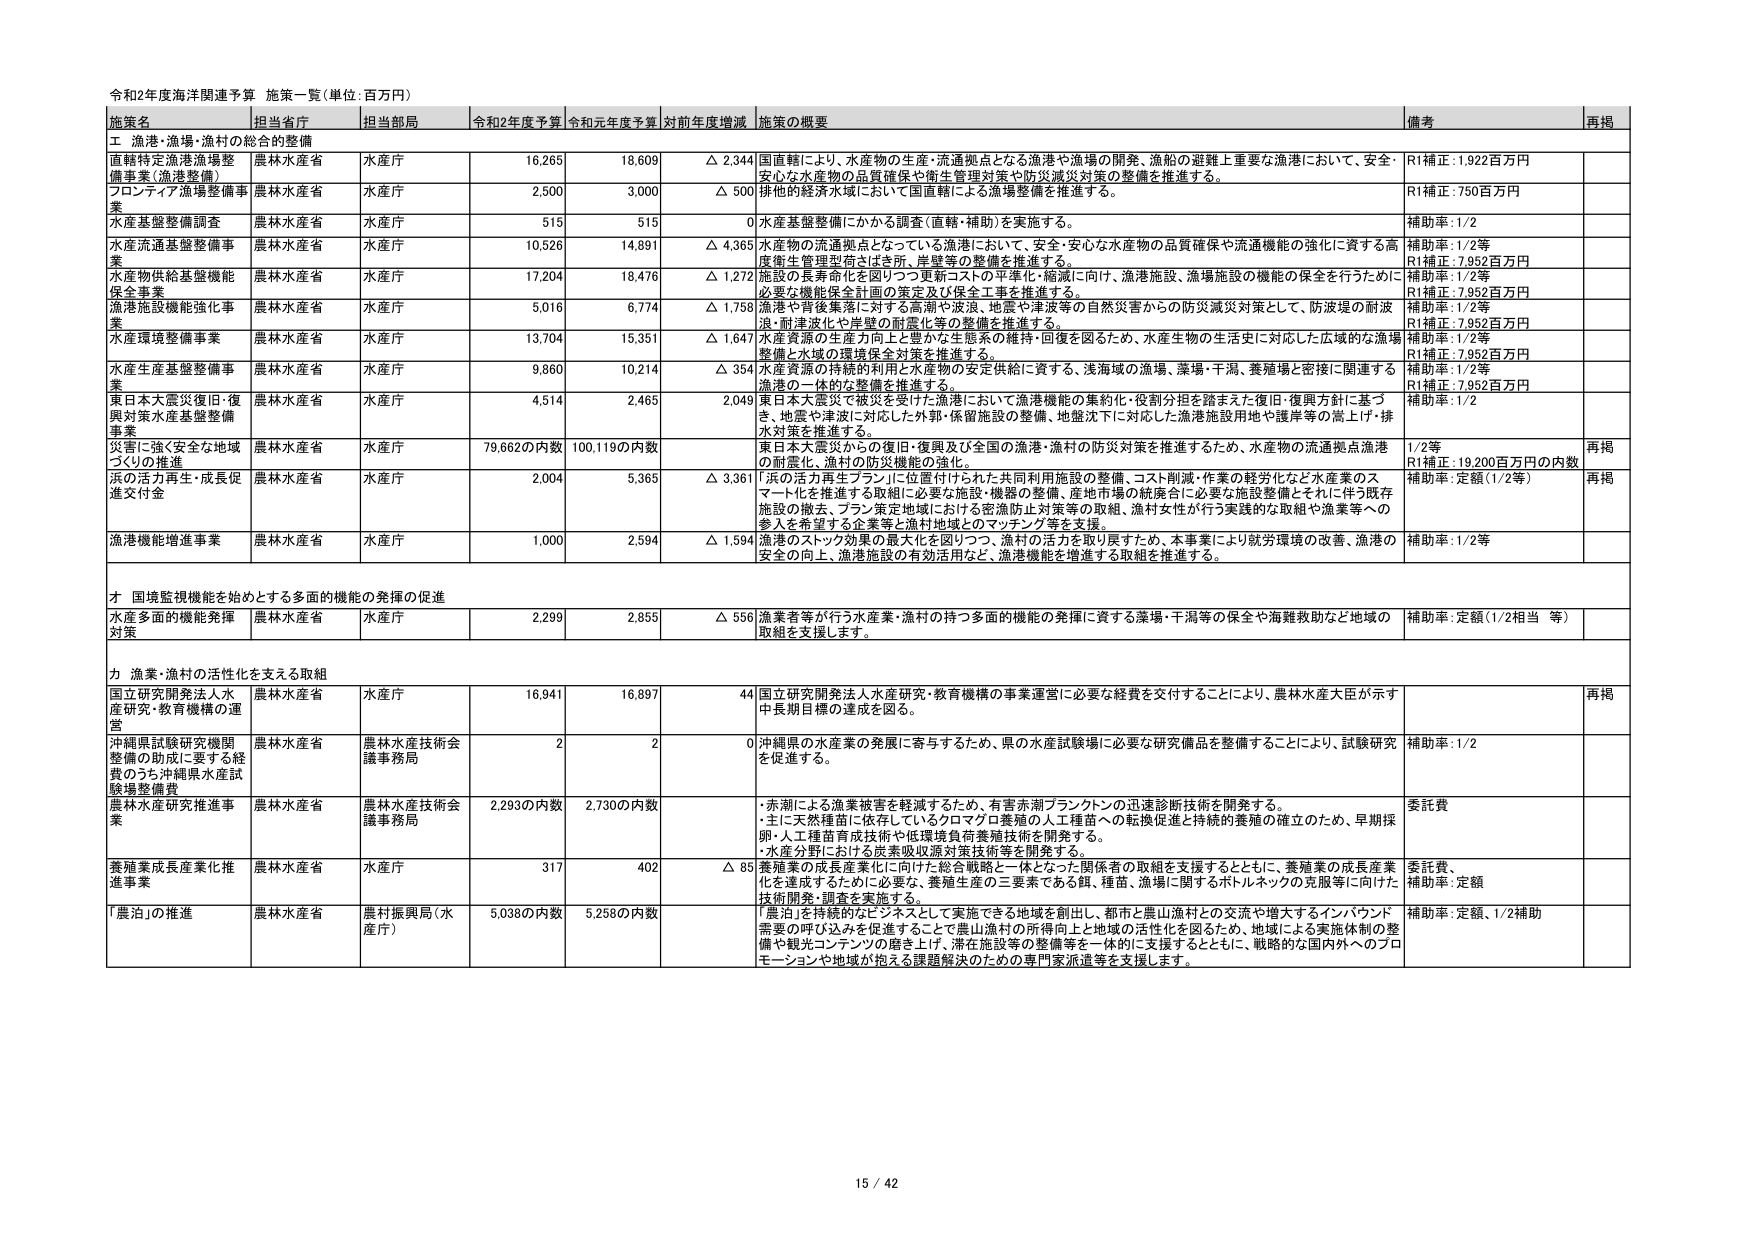
令和2年度海洋関連予算 施策一覧（単位：百万円）

施策名 担当省庁 担当部局 令和2年度予算 令和元年度予算 対前年度増減 施策の概要 備考 再掲

エ 漁港・漁場・漁村の総合的整備

直轄特定漁港漁場整備事業（漁港整備） 農林水産省 水産庁 16,265 18,609 △ 2,344 国直轄により、水産物の生産・流通拠点となる漁港や漁場の開発、漁船の避難上重要な漁港において、安全・安心な水産物の品質確保や衛生管理対策や防災減災対策の整備を推進する。 R1補正：1,922百万円

プロンティア漁場整備事業 農林水産省 水産庁 2,500 3,000 △ 500 排他的経済水域において国直轄による漁場整備を推進する。 R1補正：750百万円

水産基盤整備調査 農林水産省 水産庁 515 515 0 水産基盤整備にかかる調査（直轄・補助）を実施する。 補助率：1/2

水産流通基盤整備事業 農林水産省 水産庁 10,526 14,891 △ 4,365 水産物の流通拠点となっている漁港において、安全・安心な水産物の品質確保や流通機能の強化に資する高密度衛生管理型荷さばき所、岸壁等の整備を推進する。 補助率：1/2等 R1補正：7,952百万円

水産物供給基盤機能保全事業 農林水産省 水産庁 17,204 18,476 △ 1,272 施設の長寿命化を図りつつ更新コストの平準化・縮減に向け、漁港施設、漁場施設の機能の保全を行うために必要な機能保全計画の策定及び保全工事を推進する。 補助率：1/2等 R1補正：7,952百万円

漁港施設機能強化事業 農林水産省 水産庁 5,016 6,774 △ 1,758 漁港や背後集落に対する高潮や波浪、地震や津波等の自然災害からの防災減災対策として、防波堤の耐波浪・耐津波化や岸壁の耐震化等の整備を推進する。 補助率：1/2等 R1補正：7,952百万円

水産環境整備事業 農林水産省 水産庁 13,704 15,351 △ 1,647 水産資源の生産力向上と豊かな生態系の維持・回復を図るため、水産生物の生活史に対応した広域的な漁場整備と水域の環境保全対策を推進する。 補助率：1/2等 R1補正：7,952百万円

水産生産基盤整備事業 農林水産省 水産庁 9,860 10,214 △ 354 水産資源の持続的利用と水産物の安定供給に資する、浅海域の漁場、藻場・干潟、養殖場と密接に関連する漁港の一体的な整備を推進する。 補助率：1/2等 R1補正：7,952百万円

東日本大震災復旧・復興対策水産基盤整備事業 農林水産省 水産庁 4,514 2,465 2,049 東日本大震災で被災を受けた漁港において漁港機能の集約化・役割分担を踏まえた復旧・復興方針に基づき、地震や津波に対応した外郭・保留施設の整備、地盤沈下に対応した漁港施設用地や護岸等の嵩上げ・排水対策を推進する。 補助率：1/2

災害に強く安全な地域づくりの推進 農林水産省 水産庁 79,662の内数 100,119の内数 東日本大震災からの復旧・復興及び全国の漁港・漁村の防災対策を推進するため、水産物の流通拠点漁港の耐震化、漁村の防災機能の強化。 1/2等 R1補正：19,200百万円の内数 再掲

浜の活力再生・成長促進交付金 農林水産省 水産庁 2,004 5,365 △ 3,361 「浜の活力再生プラン」に位置付けられた共同利用施設の整備、コスト削減・作業の軽労化など水産業のスマート化を推進する取組に必要な施設・機器の整備、産地市場の統廃合に必要な施設整備とそれに伴う既存施設の撤去、プラン策定地域における密漁防止対策等の取組、漁村女性が行う実践的な取組や漁業等への参入を希望する企業等と漁村地域とのマッチング等を支援。 補助率：定額（1/2等） 再掲

漁港機能増進事業 農林水産省 水産庁 1,000 2,594 △ 1,594 漁港のストック効果の最大化を図りつつ、漁村の活力を取り戻すため、本事業により就労環境の改善、漁港の安全の向上、漁港施設の有効活用など、漁港機能を増進する取組を推進する。 補助率：1/2等

オ 国境監視機能を始めとする多面的機能の発揮の促進

水産多面的機能発揮対策 農林水産省 水産庁 2,299 2,855 △ 556 漁業者等が行う水産業・漁村の持つ多面的機能の発揮に資する藻場・干潟等の保全や海難救助など地域の取組を支援します。 補助率：定額（1/2相当 等）

カ 漁業・漁村の活性化を支える取組

国立研究開発法人水産研究・教育機構の運営 農林水産省 水産庁 16,941 16,897 44 国立研究開発法人水産研究・教育機構の事業運営に必要な経費を交付することにより、農林水産大臣が示す中長期目標の達成を図る。 再掲

沖縄県試験研究機関整備の助成に要する経費のうち沖縄県水産試験場整備費 農林水産省 農林水産技術会議事務局 2 2 0 沖縄県の水産業の発展に寄与するため、県の水産試験場に必要な研究備品を整備することにより、試験研究を促進する。 補助率：1/2

農林水産研究推進事業 農林水産省 農林水産技術会議事務局 2,293の内数 2,730の内数 ・赤潮による漁業被害を軽減するため、有害赤潮プランクトンの迅速診断技術を開発する。 ・主に天然種苗に依存しているクロマグロ養殖の人工種苗への転換促進と持続的養殖の確立のため、早期採卵・人工種苗育成技術や低環境負荷養殖技術を開発する。 ・水産分野における炭素吸収源対策技術等を開発する。 委託費

養殖業成長産業化推進事業 農林水産省 水産庁 317 402 △ 85 養殖業の成長産業化に向けた総合戦略と一体となった関係者の取組を支援するとともに、養殖業の成長産業化を達成するために必要な、養殖生産の三要素である餌、種苗、漁場に関するボトルネックの克服等に向けた技術開発・調査を実施する。 委託費、補助率：定額

「農泊」の推進 農林水産省 農村振興局（水産庁） 5,038の内数 5,258の内数 「農泊」を持続的なビジネスとして実施できる地域を創出し、都市と農山漁村との交流や増大するインバウンド需要の呼び込みを促進することで農山漁村の所得向上と地域の活性化を図るため、地域による実施体制の整備や観光コンテンツの磨き上げ、滞在施設等の整備等を一体的に支援するとともに、戦略的な国内外へのプロモーションや地域が抱える課題解決のための専門家派遣等を支援します。 補助率：定額、1/2補助

15 / 42